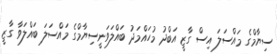
ސިޔާމްގެ މައްސަލަ އިސް ގާޒީ އަބްދު މުހައްމަދު ބައްލަވަނީސިޔާމްގެ މައްސަލަ ބައްލަވާ ގާޒީ